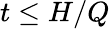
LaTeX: t\leq H/Q